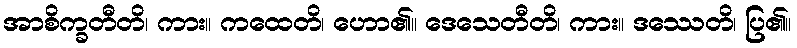
အာစိက္ခတီတိ၊ ကား။ ကထေတိ၊ ဟော၏။ ဒေသေတီတိ၊ ကား။ ဒဿေတိ၊ ပြ၏။